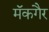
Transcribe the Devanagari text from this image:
मॅकगैर